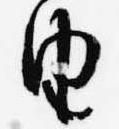
由